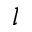
l